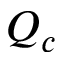
Q _ { c }